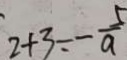
2 + 3 = - \frac { 5 } { a }